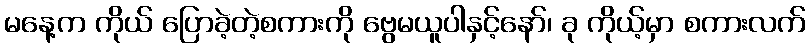
မနေ့က ကိုယ် ပြောခဲ့တဲ့စကားကို ဗွေမယူပါနှင့်နော်၊ ခု ကိုယ့်မှာ စကားလက်